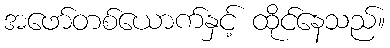
အဖော်တစ်ယောက်နှင့် ထိုင်နေသည်။